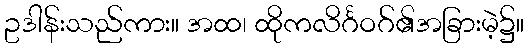
ဥဒါန်းသည်ကား။ အထ၊ ထိုကလိင်္ဂဝဂ်၏အခြားမဲ့၌။